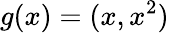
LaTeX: g(x)=(x,x^{2})